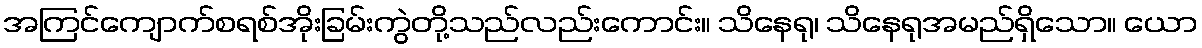
အကြင်ကျောက်စရစ်အိုးခြမ်းကွဲတို့သည်လည်းကောင်း။ သိနေရု၊ သိနေရုအမည်ရှိသော။ ယော